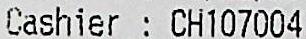
CASHIER : CH107004